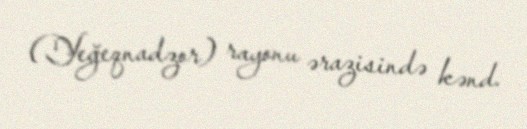
(Yeğeqnadzor) rayonu ərazisində kənd.